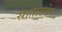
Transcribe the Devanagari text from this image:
सातलमेर